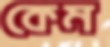
কেম